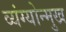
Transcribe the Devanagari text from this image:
व्यंग्योन्मुख